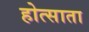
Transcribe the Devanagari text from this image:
होत्साता